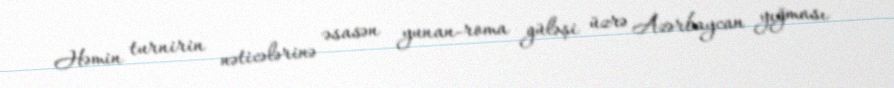
Həmin turnirin nəticələrinə əsasən yunan-roma güləşi üzrə Azərbaycan yığması